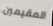
المقيمين